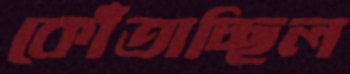
কোঁতাচ্ছিল